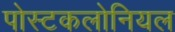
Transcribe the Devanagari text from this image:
पोस्टकलोनियल